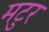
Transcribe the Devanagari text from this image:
मटुर